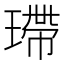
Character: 𤨮